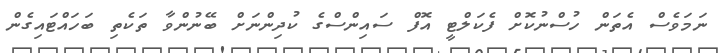
ނަމަވެސް އެތަން ހުސްނުކޮށް ފެކަލްޓީ އޮފް ސައިންސްގެ ކުދިންނަށް ބޭނުންވާ ތަކެތި ބަހައްޓައިގެން